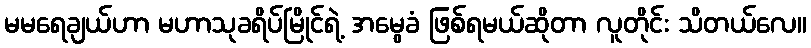
မမရေချယ်ဟာ မဟာသုခရိပ်မြိုင်ရဲ့ အမွေခံ ဖြစ်ရမယ်ဆိုတာ လူတိုင်း သိတယ်လေ။